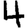
Digit: 4